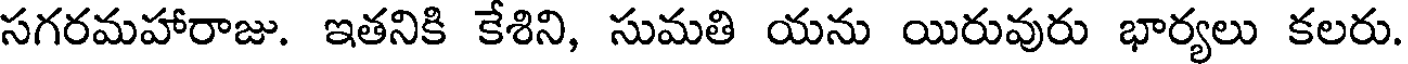
సగరమహారాజు. ఇతనికి కేశిని, సుమతి యను యిరువురు భార్యలు కలరు.